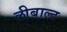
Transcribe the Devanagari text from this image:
लीबाल्ट